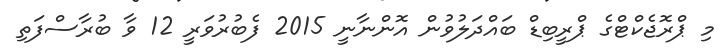
މި ޕްރޮޖެކްޓްގެ ޕްރީބިޑް ބައްދަލުވުން އޮންނާނީ 2015 ފެބުރުވަރީ 12 ވާ ބުރާސްފަތި